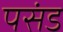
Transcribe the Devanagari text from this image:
पसंड